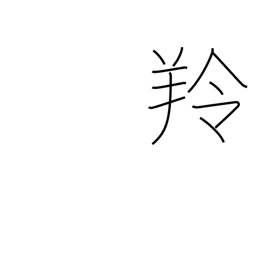
Meaning: antelope